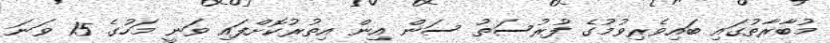
މުބާރާތުގައި ބައިވެރިވުމުގެ ފުރުސަތު ސަން އިން އިތުރުކޮށްފައި ވަނީ މަހުގެ 15 ވަނަ